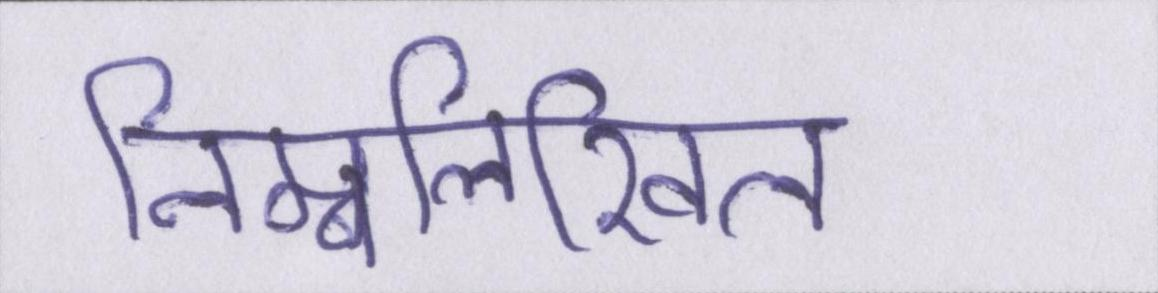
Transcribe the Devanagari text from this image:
निम्नलिखिल